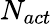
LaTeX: N_{act}